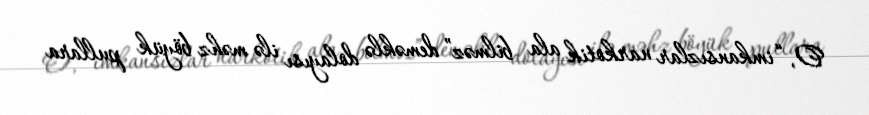
O, “imkansızlar narkotik ala bilməz” deməklə dolayısı ilə məhz böyük pullara